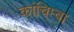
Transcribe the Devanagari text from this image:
कांचिम्बा